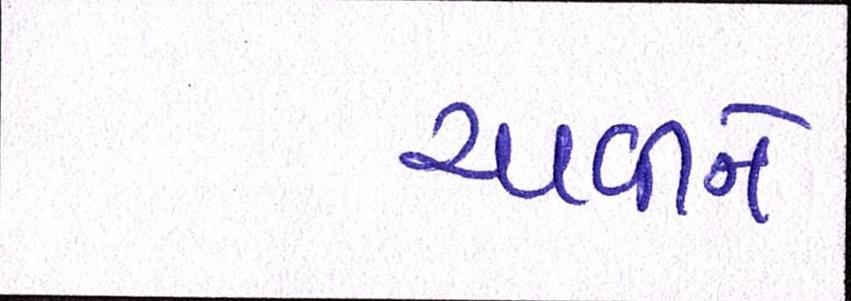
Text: ચાવીને